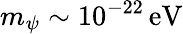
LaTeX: m_{\psi}\sim 10^{-22}\mathrm{\, eV}